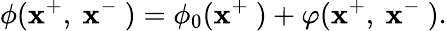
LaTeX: \phi(\mathbf{x}^{+},~\mathbf{x}^{-}~)=\phi_{0}(\mathbf{x}^{+}~)+\varphi(\mathbf{x}^{+},~\mathbf{x}^{-}~).